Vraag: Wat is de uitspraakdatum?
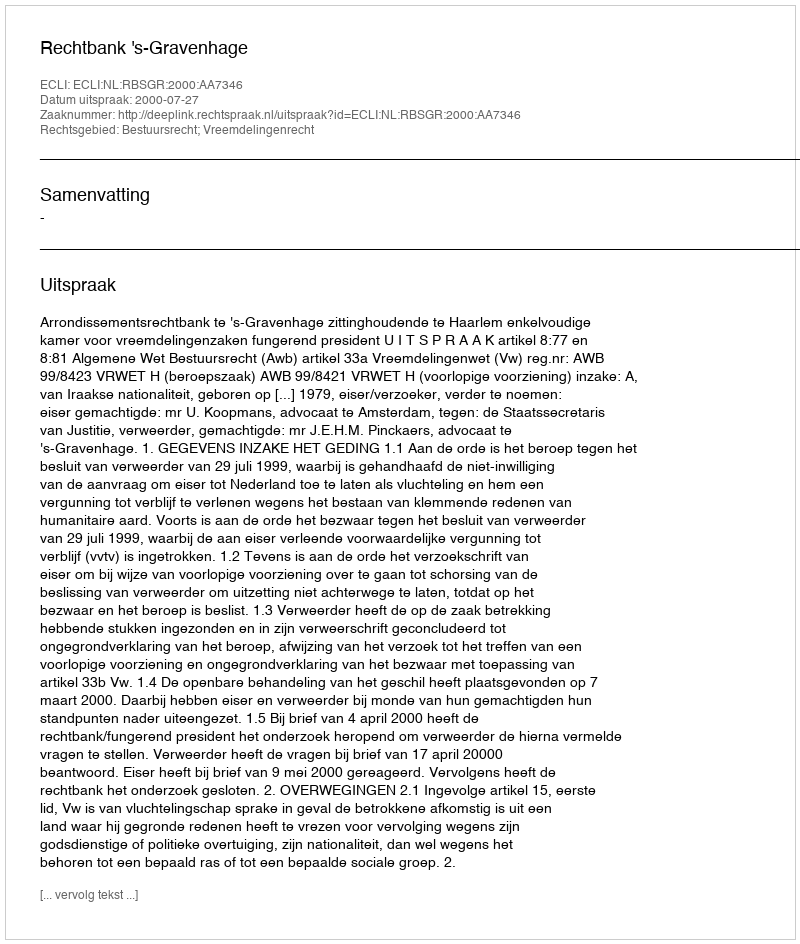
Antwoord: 2000-07-27